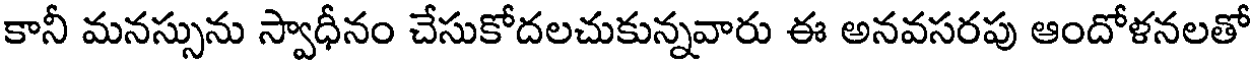
కానీ మనస్సును స్వాధీనం చేసుకోదలచుకున్నవారు ఈ అనవసరపు ఆందోళనలతో